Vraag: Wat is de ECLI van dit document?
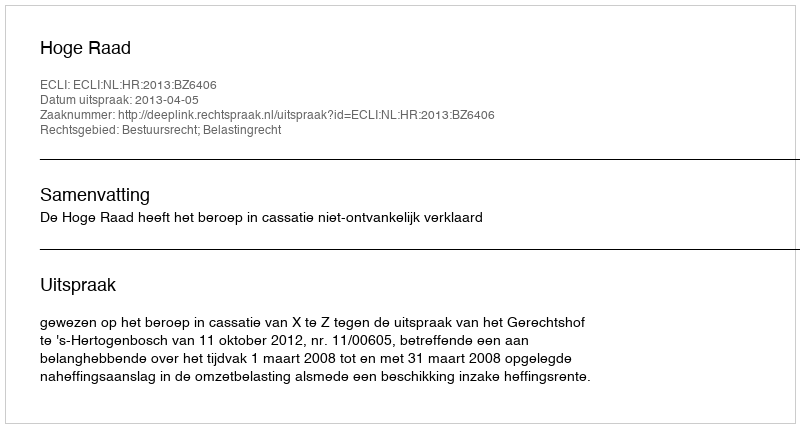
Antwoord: ECLI:NL:HR:2013:BZ6406